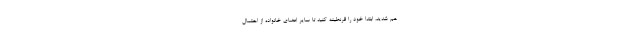
هم شدید، ابتدا خود را قرنطینه کنید تا سایر اعضای خانواده از احتمال